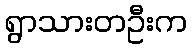
ရွာသားတဦးက